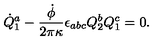
\dot { Q } _ { 1 } ^ { a } - { \frac { \dot { \phi } } { 2 \pi \kappa } } \epsilon _ { a b c } Q _ { 2 } ^ { b } Q _ { 1 } ^ { c } = 0 .